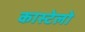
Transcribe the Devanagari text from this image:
कास्टेलो